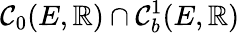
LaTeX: \mathcal{C}_{0}(E,\mathbb{R})\cap\mathcal{C}_{b}^{1}(E,\mathbb{R})